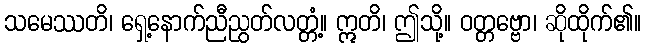
သမေဿတိ၊ ရှေ့နောက်ညီညွတ်လတ္တံ့။ ဣတိ၊ ဤသို့။ ဝတ္တဗ္ဗော၊ ဆိုထိုက်၏။